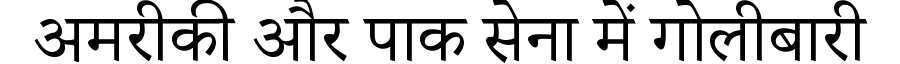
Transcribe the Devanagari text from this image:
अमरीकी और पाक सेना में गोलीबारी